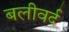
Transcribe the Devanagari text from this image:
बलीवर्द